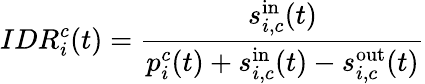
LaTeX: IDR_{i}^{c}(t)=\frac{s_{i,c}^{\mathrm{in}}(t)}{p_{i}^{c}(t)+s_{i,c}^{\mathrm{in}}(t)-s_{i,c}^{\mathrm{out}}(t)}